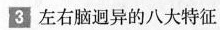
3左右脑迥异的八大特征